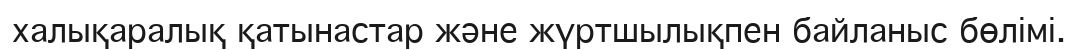
халықаралық қатынастар және жүртшылықпен байланыс бөлімі.